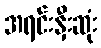
အရင်းနှီးဆုံး